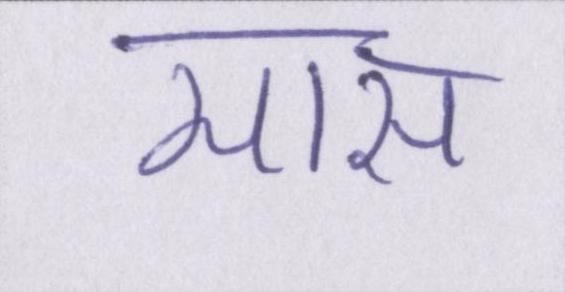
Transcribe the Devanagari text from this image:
मास